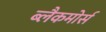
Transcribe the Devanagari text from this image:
ब्लैकमोर्स